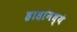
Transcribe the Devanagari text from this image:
हाडांमध्ये